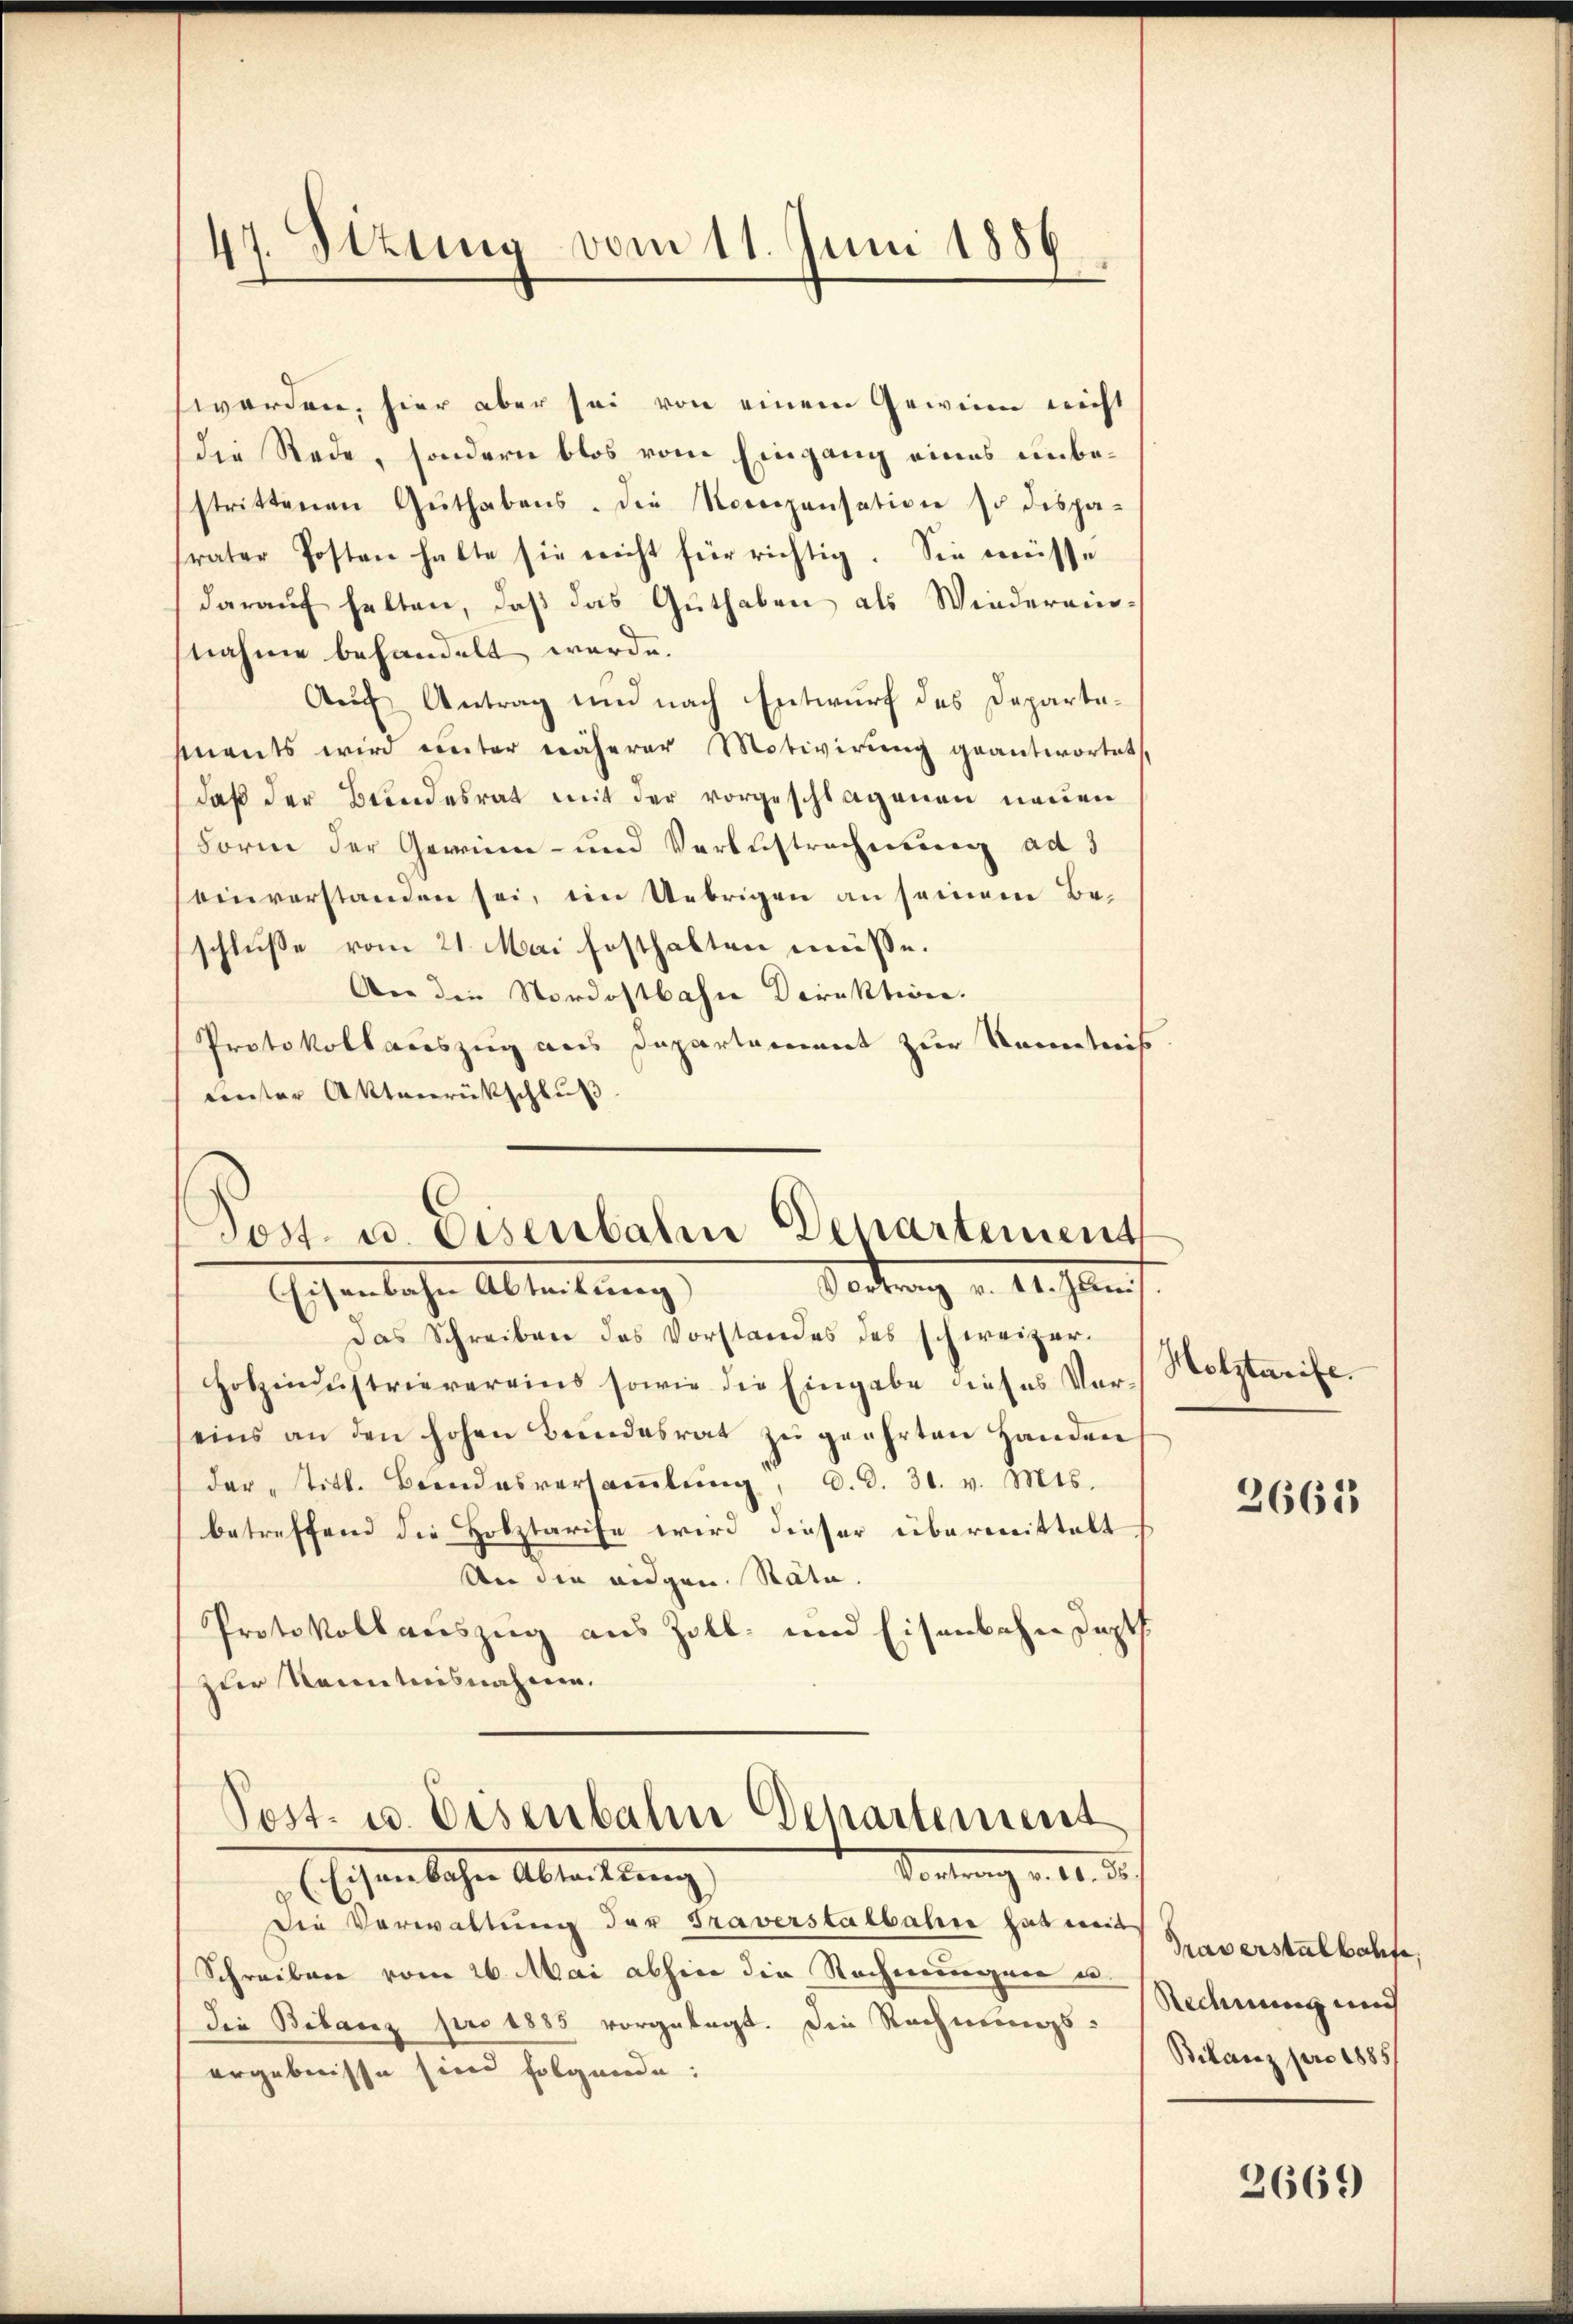
47. Situus vom 11. Juni 1886
¬
e

werden, hier aber sei von einem Gewinn nicht
Die Rede, sondern blos vom Eingang eines unbestrittenen Guthabens. die Morgensation so dispa-
svater Posten halte sie nicht für richtig. Sie müsse
darauf halten, daß das Guthaben als Wiedereinnahme behandelt werde.
Auf Antrag und nach Entwurf des Departehmnents wird unter näherer Motivirung geantwortet,
daß der Bundesrat mit der vorgeschlagenen neuen
Form der Gewinn- und Verlustrechnung ad 5
einverstanden sei, im Uebrigen an seinem Beschluße vom 21. Mai festhalten müsse.
An die Nordostbahn Direktion.
Protokollaceszug aus Departament zur Kenntnis
Fenster Aktenrückschluß
Das Schreiben das Vorstandes des schweizer¬
Hobzindustrievereins sowie die Eingabe dieses Ver-
eins an den hohen Bundesrat zu geehrten Handen
dar titl. Brandesversaṁlŭng, d. d. 31. v. Mts.
betreffend die Holztarife wird dieser überwittelt
Der die eidgen. Stata.
Protokollauszug aus Zoll- und Eisenbahn dopt
zur Kenntnisnahmen.
Post- u. Eisenbahn Departement
Portung v. 10. 22.
E Eisenbachen Abtrettung,
Die Verwaltung der Traverstalbahre hat mit
Schreiben vom 26. Mai abhin die Rechnungen u.
die Bilanz pro 1885 vorgelegt. Die Rechnungsergebnisse sind folgende:

Post u. Eisenbahn Departement
Vorderung v. 14. Janu
EEisenbahn Abteilung)

Holztarife.

2663

Traverstalbahre,
Rechnung mich
Bilanz pro 1885/

2669